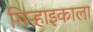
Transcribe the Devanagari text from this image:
गिऱ्हाइकाला